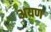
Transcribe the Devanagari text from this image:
अयण